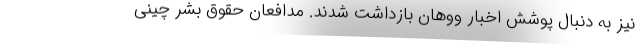
نیز به دنبال پوشش اخبار ووهان بازداشت شدند. مدافعان حقوق بشر چینی